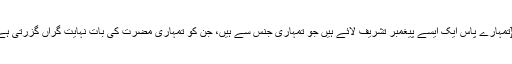
آپ صلی اللہ علیہ وسلم اپنی امت کی منفعت کے بڑے خواہشمند تھے، جیساکہ اللہ تعالی نے فرمایا کہ:{تمہارے پاس ایک ایسے پیغمبر تشریف لائے ہیں جو تمہاری جنس سے ہیں، جن کو تمہاری مضرت کی بات نہایت گراں گزرتی ہے جو تمہاری منفعت کے بڑے خواہشمند رہتے ہیں ایمان والوں کے ساتھ بڑے ہی شفیق اور مہربان ہیں۔